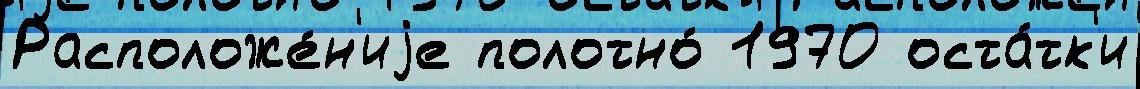
Расположе́н'иjе полотно́ 1970 оста́тк'и